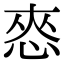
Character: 㤲